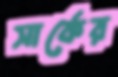
সার্কের